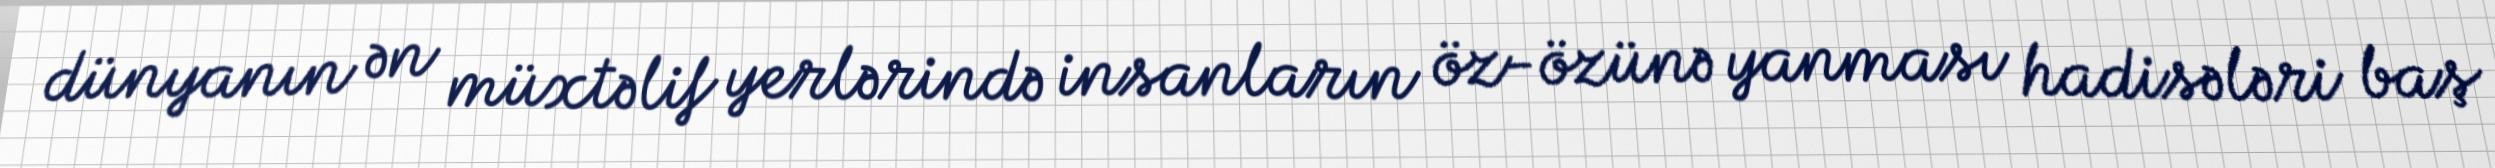
dünyanın ən müxtəlif yerlərində insanların öz-özünə yanması hadisələri baş